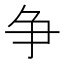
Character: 争